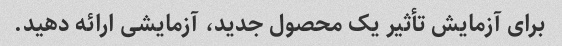
برای آزمایش تأثیر یک محصول جدید، آزمایشی ارائه دهید.